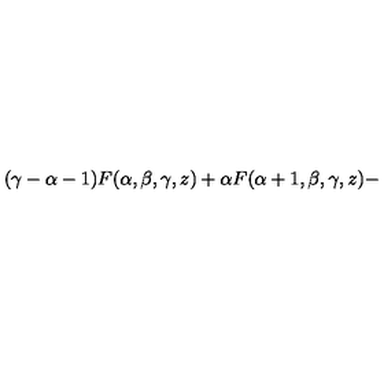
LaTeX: ( \gamma - \alpha - 1 ) F ( \alpha , \beta , \gamma , z ) + \alpha F ( \alpha + 1 , \beta , \gamma , z ) -